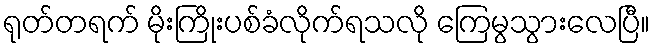
ရုတ်တရက် မိုးကြိုးပစ်ခံလိုက်ရသလို ကြေမွသွားလေပြီ။